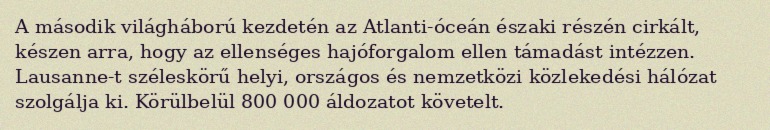
A második világháború kezdetén az Atlanti-óceán északi részén cirkált, készen arra, hogy az ellenséges hajóforgalom ellen támadást intézzen. Lausanne-t széleskörű helyi, országos és nemzetközi közlekedési hálózat szolgálja ki. Körülbelül 800 000 áldozatot követelt.